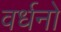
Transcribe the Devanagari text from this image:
वर्धनो